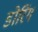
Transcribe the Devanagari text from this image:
डोरिंग